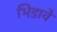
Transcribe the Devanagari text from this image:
भिडावे